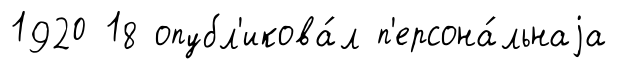
1920 18 опубл'икова́л п'ерсона́льнаjа